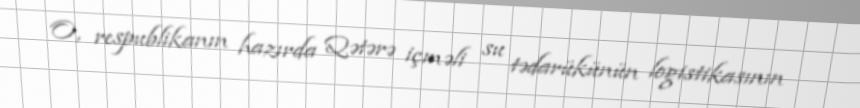
O, respublikanın hazırda Qətərə içməli su tədarükünün logistikasının